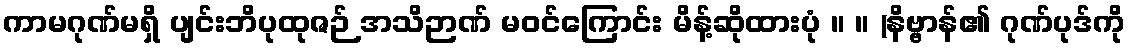
ကာမဂုဏ်မရှိ ပျင်းဘိပုထုဇဉ် အသိဉာဏ် မဝင်ကြောင်း မိန့်ဆိုထားပုံ ။ ။ (နိဗ္ဗာန်၏ ဂုဏ်ပုဒ်ကို